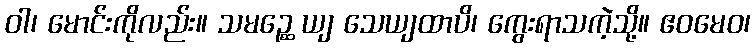
ဝါ၊ မောင်းကိုလည်း။ သမဉ္ဆေ ယျ သေယျထာပိ၊ ကွေးရာသကဲ့သို့။ ဧဝမေဝ၊